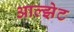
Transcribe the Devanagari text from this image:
आल्झेट